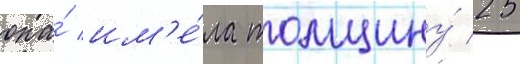
она́ им'е́ла толщину́ 25